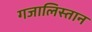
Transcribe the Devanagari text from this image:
गजालिस्तान